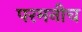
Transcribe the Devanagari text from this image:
परमनीच